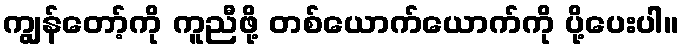
ကျွန်တော့်ကို ကူညီဖို့ တစ်ယောက်ယောက်ကို ပို့ပေးပါ။